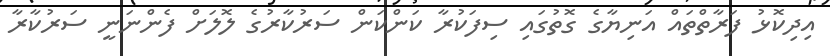
އިދިކޮޅު ފަރާތްތައް އަނިޔާގެ ގޮތުގައި ސިފަކުރާ ކަންކަން ސަރުކާރުގެ ލޮލަށް ފެންނަނީ ސަރުކާރާ